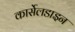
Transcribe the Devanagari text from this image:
कार्सेलडाइन